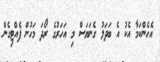
އެހެންކަމާ އެކު އެ ބަދަލު ގެނަޔަސް މި އަހަރުގެ ރޯދަ މަހުން ފެއްޓިގެން